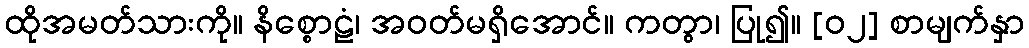
ထိုအမတ်သားကို။ နိစ္စောဠံ၊ အဝတ်မရှိအောင်။ ကတွာ၊ ပြု၍။ [၀၂] စာမျက်နှာ